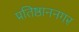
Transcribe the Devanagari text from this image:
प्रतिष्ठाननगर